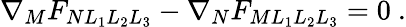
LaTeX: \nabla_{M}F_{NL_{1}L_{2}L_{3}}-\nabla_{N}F_{ML_{1}L_{2}L_{3}}=0~.